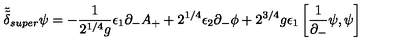
\tilde { \tilde { \delta } } _ { s u p e r } \psi = - { \frac { 1 } { 2 ^ { 1 / 4 } g } } \epsilon _ { 1 } \partial _ { - } A _ { + } + 2 ^ { 1 / 4 } \epsilon _ { 2 } \partial _ { - } \phi + 2 ^ { 3 / 4 } g \epsilon _ { 1 } \left[ { \frac { 1 } { \partial _ { - } } } \psi , \psi \right]